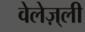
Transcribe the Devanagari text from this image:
वेलेज़्ली